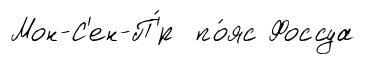
Мон-С'ен-П'́р по́яс Фоссуа